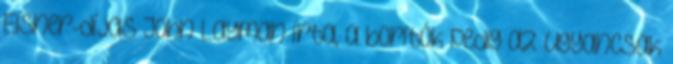
Eisner-díjas John Layman írta, a borítók pedig az ugyancsak